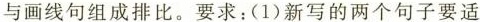
与画线句组成排比。要求：(1)新写的两个句子要适